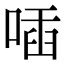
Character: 喢